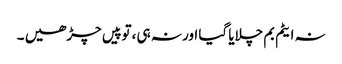
نہ ایٹم بم چلایا گیا اور نہ ہی ،توپیں چڑھیں ۔